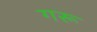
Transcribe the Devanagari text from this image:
गरू